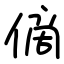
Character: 㒀